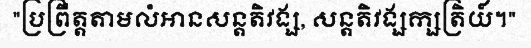
"ប្រព្រឹត្តតាមលំអានសន្តតិវង្ស, សន្តតិវង្សក្សត្រិយ៍។"